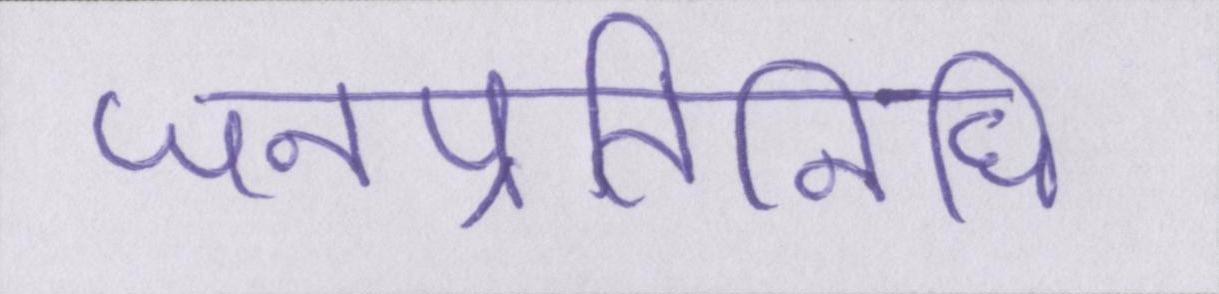
जनप्रतिनिधि